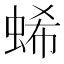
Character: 䖷